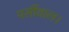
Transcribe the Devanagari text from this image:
पर्सीवाल।